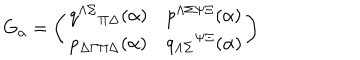
G _ { \alpha } = \left( \begin{matrix} { { q ^ { \Lambda \Sigma } { } _ { \Pi \Delta } ( \alpha ) } } & { { p ^ { \Lambda \Sigma \Psi \Xi } ( \alpha ) } } \\ { { p _ { \Delta \Gamma \Pi \Delta } ( \alpha ) } } & { { q _ { \Lambda \Sigma } { } ^ { \Psi \Xi } ( \alpha ) } } \\ \end{matrix} \right)